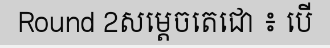
Round 2សម្តេចតេជោ ៖ បើ